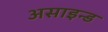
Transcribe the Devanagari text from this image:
असाइन्ड